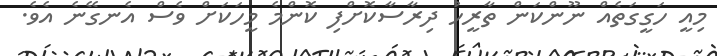
މިއީ ހަގީގަތެއް ނޫންކަން ތާރީހު ދިރާސާކޮށްފި ކޮންމެ މީހަކަށް ވެސް އެނގޭނެ އެވެ.